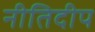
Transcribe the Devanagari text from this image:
नीतिदीप